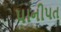
પાનીપત